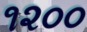
૧૨૦૦